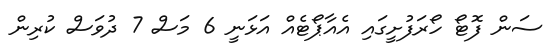
ސަން ފޮޓޯ ހޯރަފުށީގައި އެއާޕޯޓެއް އަޅަނީ 6 މަސް 7 ދުވަސް ކުރިން